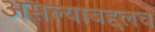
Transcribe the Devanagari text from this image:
असल्याबद्दलचे